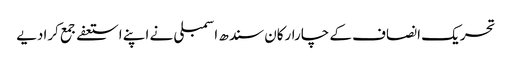
تحریک انصاف کے چارارکان سندھ اسمبلی نے اپنے استعفےجمع کرادیے